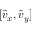
[ \hat { v } _ { x } , \hat { v } _ { y } ]